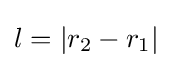
l=|r_{2}-r_{1}|